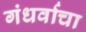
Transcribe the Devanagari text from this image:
गंधर्वाचा